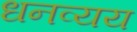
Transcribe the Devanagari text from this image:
धनव्यय